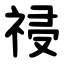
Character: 祲